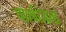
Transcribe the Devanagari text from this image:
पार्श्वदेवता